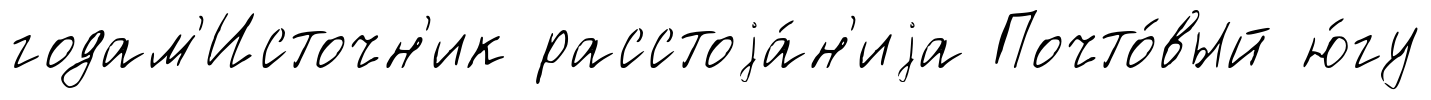
годам'Источн'ик расстоjа́н'иjа Почто́вый ю́гу